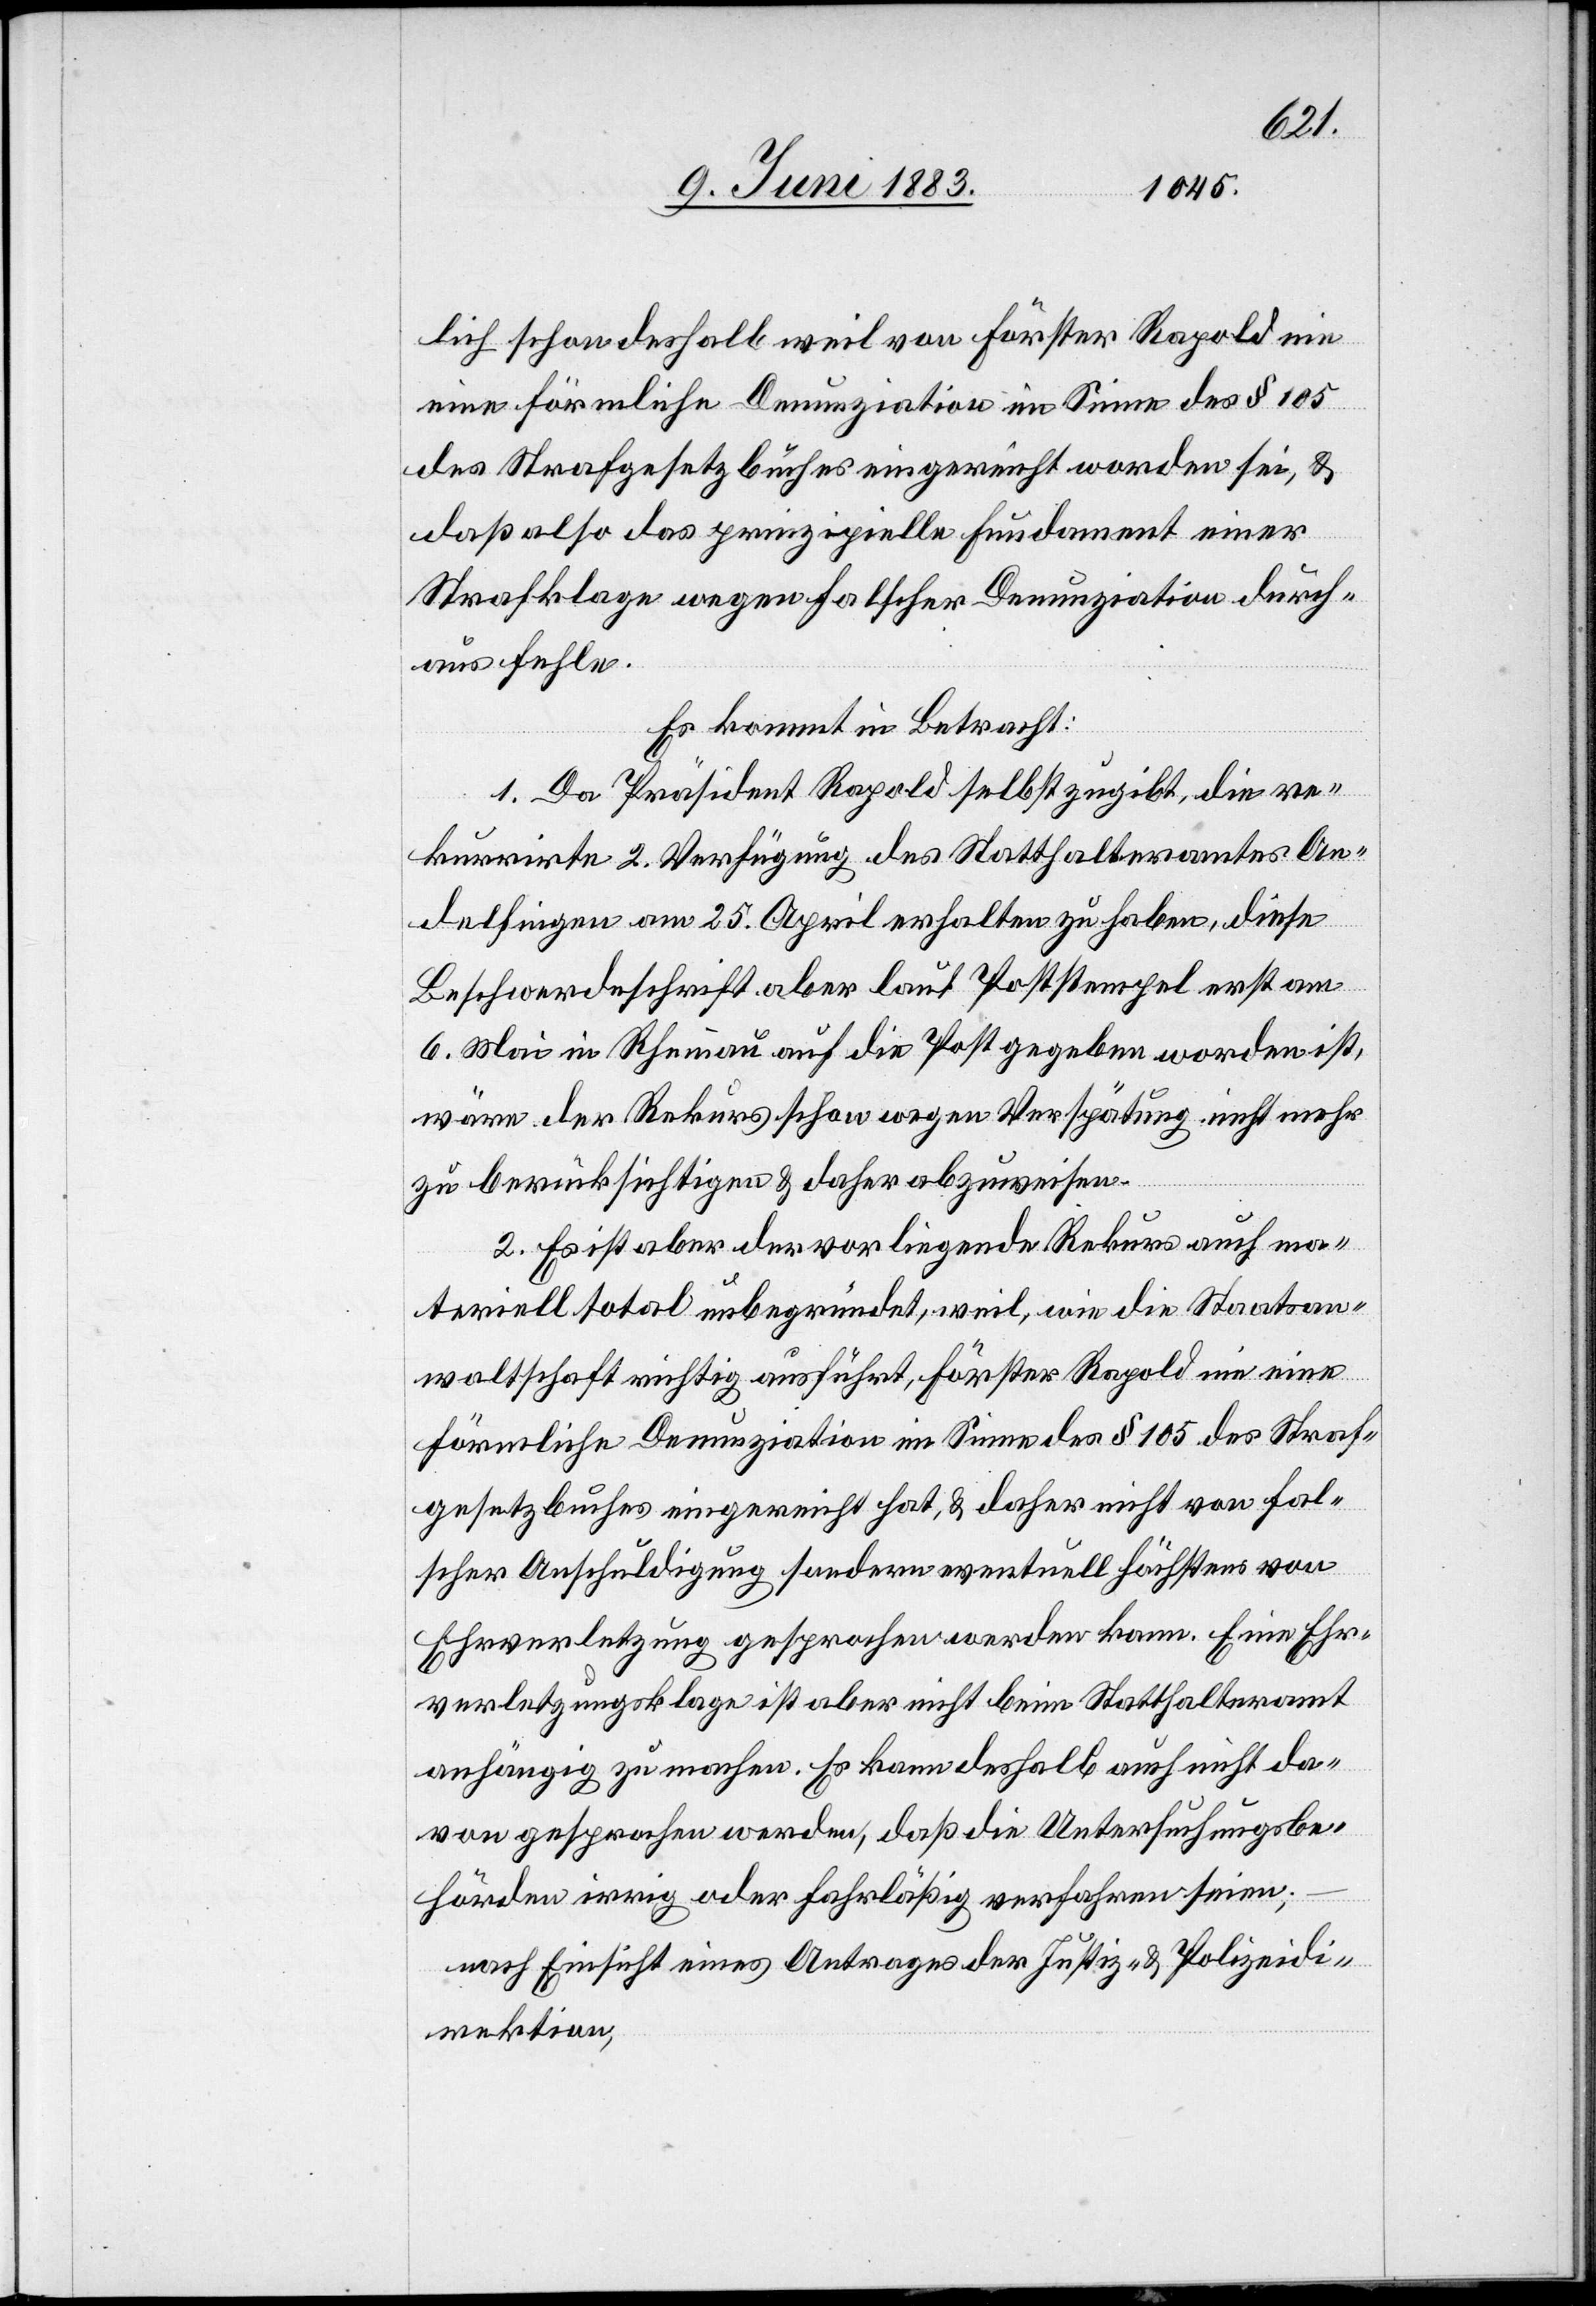
lich schon deshalb weil von Förster Rapold nie
eine förmliche Denunziation im Sinne des § 105
des Strafgesetzbuches eingereicht worden sei, &
daß also das prinzipielle Fundament einer
Strafklage wegen falscher Denunziation durch¬
aus fehle.
Es kommt in Betracht:
1. Da Präsident Rapold selbst zugibt, die re¬
kurrirte 2. Verfügung des Statthalteramtes An¬
delfingen am 25. April erhalten zu haben, diese
Beschwerdeschrift aber laut Poststempel erst am
6. Mai in Rheinau auf die Post gegeben worden ist,
wäre der Rekurs schon wegen Verspätung nicht mehr
zu berücksichtigen & daher abzuweisen.
2. Es ist aber der vorliegende Rekurs auch ma¬
teriell total unbegründet, weil, wie die Staatsan¬
waltschaft richtig ausführt, Förster Rapold nie eine
förmliche Denunziation im Sinne des § 105 des Straf¬
gesetzbuches eingereicht hat, & daher nicht von fal¬
scher Anschuldigung sondern eventuell höchstens von
Ehrverletzung gesprochen werden kann. Eine Ehr¬
verletzungsklage ist aber nicht beim Statthalteramt
anhängig zu machen. Es kann deshalb auch nicht da¬
von gesprochen werden, daß die Untersuchungsbe¬
hörden irrig oder fahrlässig verfahren seien;
nach Einsicht eines Antrages der Justiz- & Polizeidi¬
rektion,